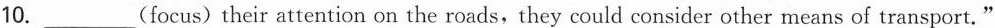
10. ___ (focus)their attention on the roads,they could consider other means of transport."